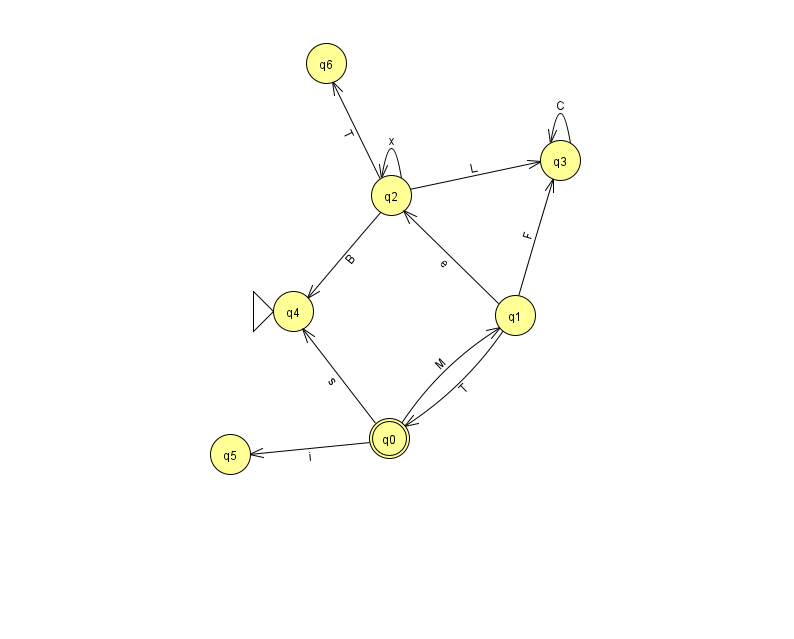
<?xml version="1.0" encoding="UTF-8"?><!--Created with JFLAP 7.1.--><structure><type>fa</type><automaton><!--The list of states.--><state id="0" name="q0"><x>389.0</x><y>425.0</y><final/></state><state id="1" name="q1"><x>515.0</x><y>302.0</y></state><state id="2" name="q2"><x>391.0</x><y>182.0</y></state><state id="3" name="q3"><x>560.0</x><y>147.0</y></state><state id="4" name="q4"><x>293.0</x><y>298.0</y><initial/></state><state id="5" name="q5"><x>230.0</x><y>441.0</y></state><state id="6" name="q6"><x>326.0</x><y>50.0</y></state><!--The list of transitions.--><transition><from>2</from><to>4</to><read>B</read></transition><transition><from>2</from><to>3</to><read>L</read></transition><transition><from>3</from><to>3</to><read>C</read></transition><transition><from>0</from><to>1</to><read>M</read></transition><transition><from>0</from><to>4</to><read>s</read></transition><transition><from>1</from><to>3</to><read>F</read></transition><transition><from>2</from><to>6</to><read>T</read></transition><transition><from>1</from><to>2</to><read>e</read></transition><transition><from>2</from><to>2</to><read>x</read></transition><transition><from>1</from><to>0</to><read>T</read></transition><transition><from>0</from><to>5</to><read>i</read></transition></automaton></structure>